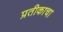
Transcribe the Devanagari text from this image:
प्रतीकाचा